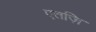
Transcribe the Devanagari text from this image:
एतज़ि